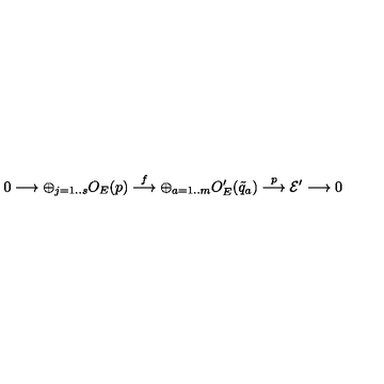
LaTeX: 0 \longrightarrow \oplus _ { j = 1 . . s } O _ { E } ( p ) \stackrel { f } { \longrightarrow } \oplus _ { a = 1 . . m } O _ { E } ^ { \prime } ( { \tilde { q } _ { a } } ) \stackrel { p } { \longrightarrow } { \cal E ^ { \prime } } \longrightarrow 0